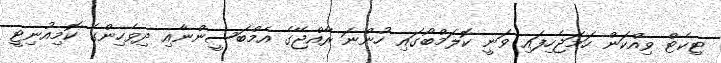
ޓިކެޓް ވިއްކަން ހަމަޖެހިފައި ވަނީ ކޮލަމްބޯގައި ހުންނަ ރާއްޖޭގެ އެމްބަސީންނާއި ދިވެހިންގެ ކޮމިއުނިޓީ